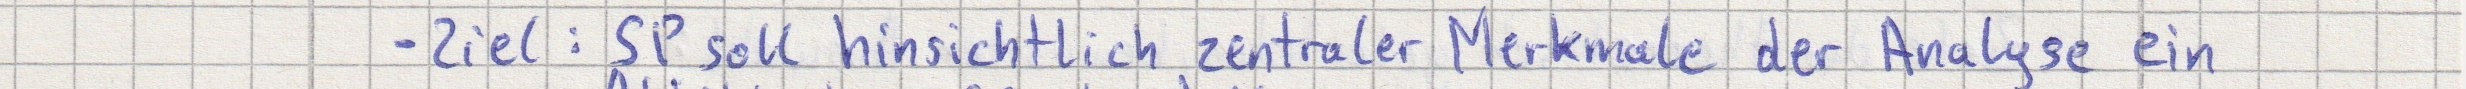
- Ziel: SP soll hinsichtlich zentraler Merkmale der Analyse ein